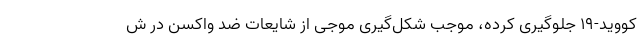
کووید-۱۹ جلوگیری کرده، موجب شکل‌گیری موجی از شایعات ضد واکسن در ش